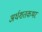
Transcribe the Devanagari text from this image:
अर्धशतकभर